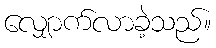
လျှောက်လာခဲ့သည်။